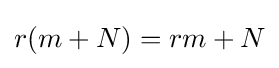
r(m+N)=rm+N